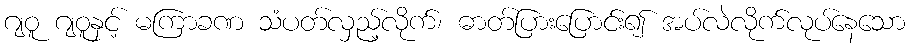
ဂျဝူ ဂျဝူနှင့် မကြာခဏ သံပတ်လှည့်လိုက်၊ ဓာတ်ပြားပြောင်း၍ အပ်လဲလိုက်လုပ်နေသော